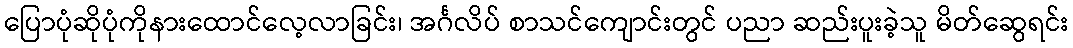
ပြောပုံဆိုပုံကိုနားထောင်လေ့လာခြင်း၊ အင်္ဂလိပ် စာသင်ကျောင်းတွင် ပညာ ဆည်းပူးခဲ့သူ မိတ်ဆွေရင်း